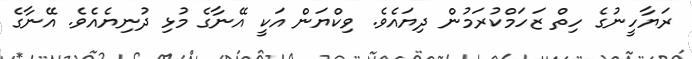
ރަޔާހީނުގެ ހިތް ޒަހަމްކުރަމުން ދިޔައެވެ. ވިކްޔަން އަކީ އޭނާގެ މުޅި ދުނިޔެއެވެ. އޭނާގެ